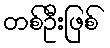
တစ်ဦးဖြစ်